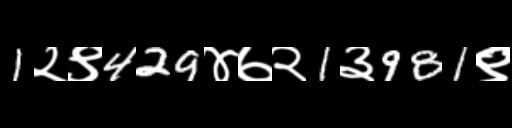
Text: 1२९429४७२1३981९